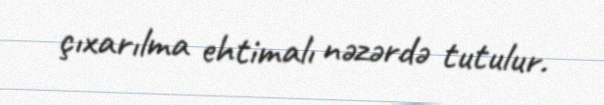
çıxarılma ehtimalı nəzərdə tutulur.